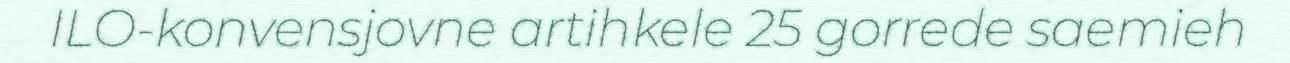
ILO-konvensjovne artihkele 25 gorrede saemieh